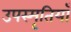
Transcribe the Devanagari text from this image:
उपस्मृतियाँ